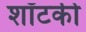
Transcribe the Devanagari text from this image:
शॉटकी